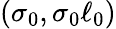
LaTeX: (\sigma_{0},\sigma_{0}\ell_{0})